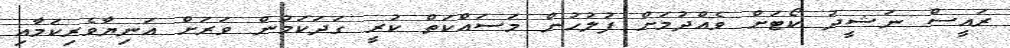
ރައީސް ނަޝީދު ކޯޓަށް ވެއްދުމަށް ފުލުހުން މަސައްކަތް ކުރީ ގަދަކަމުން ވަރަށް އަނިޔާވެރިކަމާއި